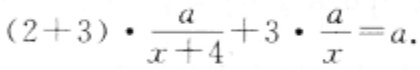
\((2 + 3)\cdot\frac{a}{x + 4}+3\cdot\frac{a}{x}=a\)